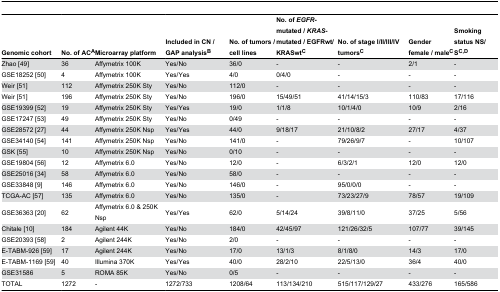
<table><thead><tr><td><b>Genomic cohort</b></td><td><b>No. of AC<sup>A</sup></b></td><td><b>Microarray platform</b></td><td><b>Included in CN / GAP analysis<sup>B</sup></b></td><td><b>No. of tumors / cell lines</b></td><td><b>No. of <i>EGFR</i>-mutated / <i>KRAS</i>-mutated / EGFRwt/KRASwt<sup>C</sup></b></td><td><b>No. of stage I/II/III/IV tumors<sup>C</sup></b></td><td><b>Gender female / male<sup>C</sup></b></td><td><b>Smoking status NS/S<sup>C,D</sup></b></td></tr></thead><tbody><tr><td>Zhao [49]</td><td>36</td><td>Affymetrix 100K</td><td>Yes/No</td><td>36/0</td><td>-</td><td>-</td><td>2/1</td><td>-</td></tr><tr><td>GSE18252 [50]</td><td>4</td><td>Affymetrix 100K</td><td>Yes/Yes</td><td>4/0</td><td>0/4/0</td><td>-</td><td>-</td><td>-</td></tr><tr><td>Weir [51]</td><td>112</td><td>Affymetrix 250K Sty</td><td>Yes/No</td><td>112/0</td><td>-</td><td>-</td><td>-</td><td>-</td></tr><tr><td>Weir [51]</td><td>196</td><td>Affymetrix 250K Sty</td><td>Yes/No</td><td>196/0</td><td>15/49/51</td><td>41/14/15/3</td><td>110/83</td><td>17/116</td></tr><tr><td>GSE19399 [52]</td><td>19</td><td>Affymetrix 250K Sty</td><td>Yes/Yes</td><td>19/0</td><td>1/1/8</td><td>10/1/4/0</td><td>10/9</td><td>2/16</td></tr><tr><td>GSE17247 [53]</td><td>49</td><td>Affymetrix 250K Sty</td><td>Yes/No</td><td>0/49</td><td>-</td><td>-</td><td>-</td><td>-</td></tr><tr><td>GSE28572 [27]</td><td>44</td><td>Affymetrix 250K Nsp</td><td>Yes/Yes</td><td>44/0</td><td>9/18/17</td><td>21/10/8/2</td><td>27/17</td><td>4/37</td></tr><tr><td>GSE34140 [54]</td><td>141</td><td>Affymetrix 250K Nsp</td><td>Yes/No</td><td>141/0</td><td>-</td><td>79/26/9/7</td><td>-</td><td>10/107</td></tr><tr><td>GSK [55]</td><td>10</td><td>Affymetrix 250K Nsp</td><td>Yes/No</td><td>0/10</td><td>-</td><td>-</td><td>-</td><td>-</td></tr><tr><td>GSE19804 [56]</td><td>12</td><td>Affymetrix 6.0</td><td>Yes/No</td><td>12/0</td><td>-</td><td>6/3/2/1</td><td>12/0</td><td>12/0</td></tr><tr><td>GSE25016 [34]</td><td>58</td><td>Affymetrix 6.0</td><td>Yes/No</td><td>58/0</td><td>-</td><td>-</td><td>-</td><td>-</td></tr><tr><td>GSE33848 [9]</td><td>146</td><td>Affymetrix 6.0</td><td>Yes/No</td><td>146/0</td><td>-</td><td>95/0/0/0</td><td>-</td><td>-</td></tr><tr><td>TCGA-AC [57]</td><td>135</td><td>Affymetrix 6.0</td><td>Yes/No</td><td>135/0</td><td>-</td><td>73/23/27/9</td><td>78/57</td><td>19/109</td></tr><tr><td>GSE36363 [20]</td><td>62</td><td>Affymetrix 6.0 &amp; 250K Nsp</td><td>Yes/Yes</td><td>62/0</td><td>5/14/24</td><td>39/8/11/0</td><td>37/25</td><td>5/56</td></tr><tr><td>Chitale [10]</td><td>184</td><td>Agilent 44K</td><td>Yes/No</td><td>184/0</td><td>42/45/97</td><td>121/26/32/5</td><td>107/77</td><td>39/145</td></tr><tr><td>GSE20393 [58]</td><td>2</td><td>Agilent 244K</td><td>Yes/No</td><td>2/0</td><td>-</td><td>-</td><td>-</td><td>-</td></tr><tr><td>E-TABM-926 [59] </td><td>17</td><td>Agilent 244K</td><td>Yes/No</td><td>17/0</td><td>13/1/3</td><td>8/1/8/0</td><td>14/3</td><td>17/0</td></tr><tr><td>E-TABM-1169 [59]</td><td>40</td><td>Illumina 370K</td><td>Yes/Yes</td><td>40/0</td><td>28/2/10</td><td>22/5/13/0</td><td>36/4</td><td>40/0</td></tr><tr><td>GSE31586</td><td>5</td><td>ROMA 85K</td><td>Yes/No</td><td>0/5</td><td>-</td><td>-</td><td>-</td><td>-</td></tr><tr><td>TOTAL</td><td>1272</td><td>-</td><td>1272/733</td><td>1208/64</td><td>113/134/210</td><td>515/117/129/27</td><td>433/276</td><td>165/586</td></tr></tbody></table>